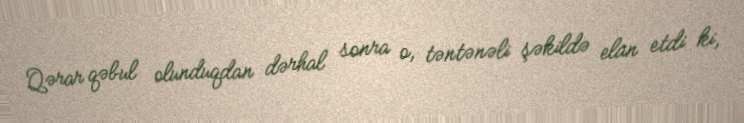
Qərar qəbul olunduqdan dərhal sonra o, təntənəli şəkildə elan etdi ki,